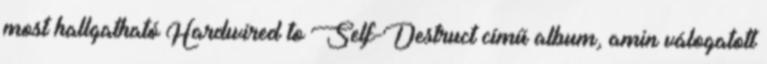
most hallgatható Hardwired to Self-Destruct című album, amin válogatott